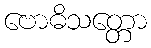
ဗောဓိသတ္တော